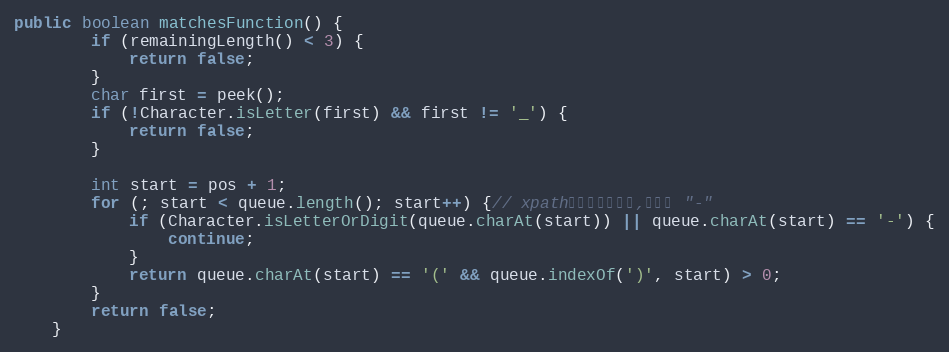
Language: Java
public boolean matchesFunction() {
        if (remainingLength() < 3) {
            return false;
        }
        char first = peek();
        if (!Character.isLetter(first) && first != '_') {
            return false;
        }

        int start = pos + 1;
        for (; start < queue.length(); start++) {// xpath的函数名称里面,允许有 "-"
            if (Character.isLetterOrDigit(queue.charAt(start)) || queue.charAt(start) == '-') {
                continue;
            }
            return queue.charAt(start) == '(' && queue.indexOf(')', start) > 0;
        }
        return false;
    }